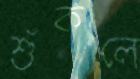
শুঁকলে